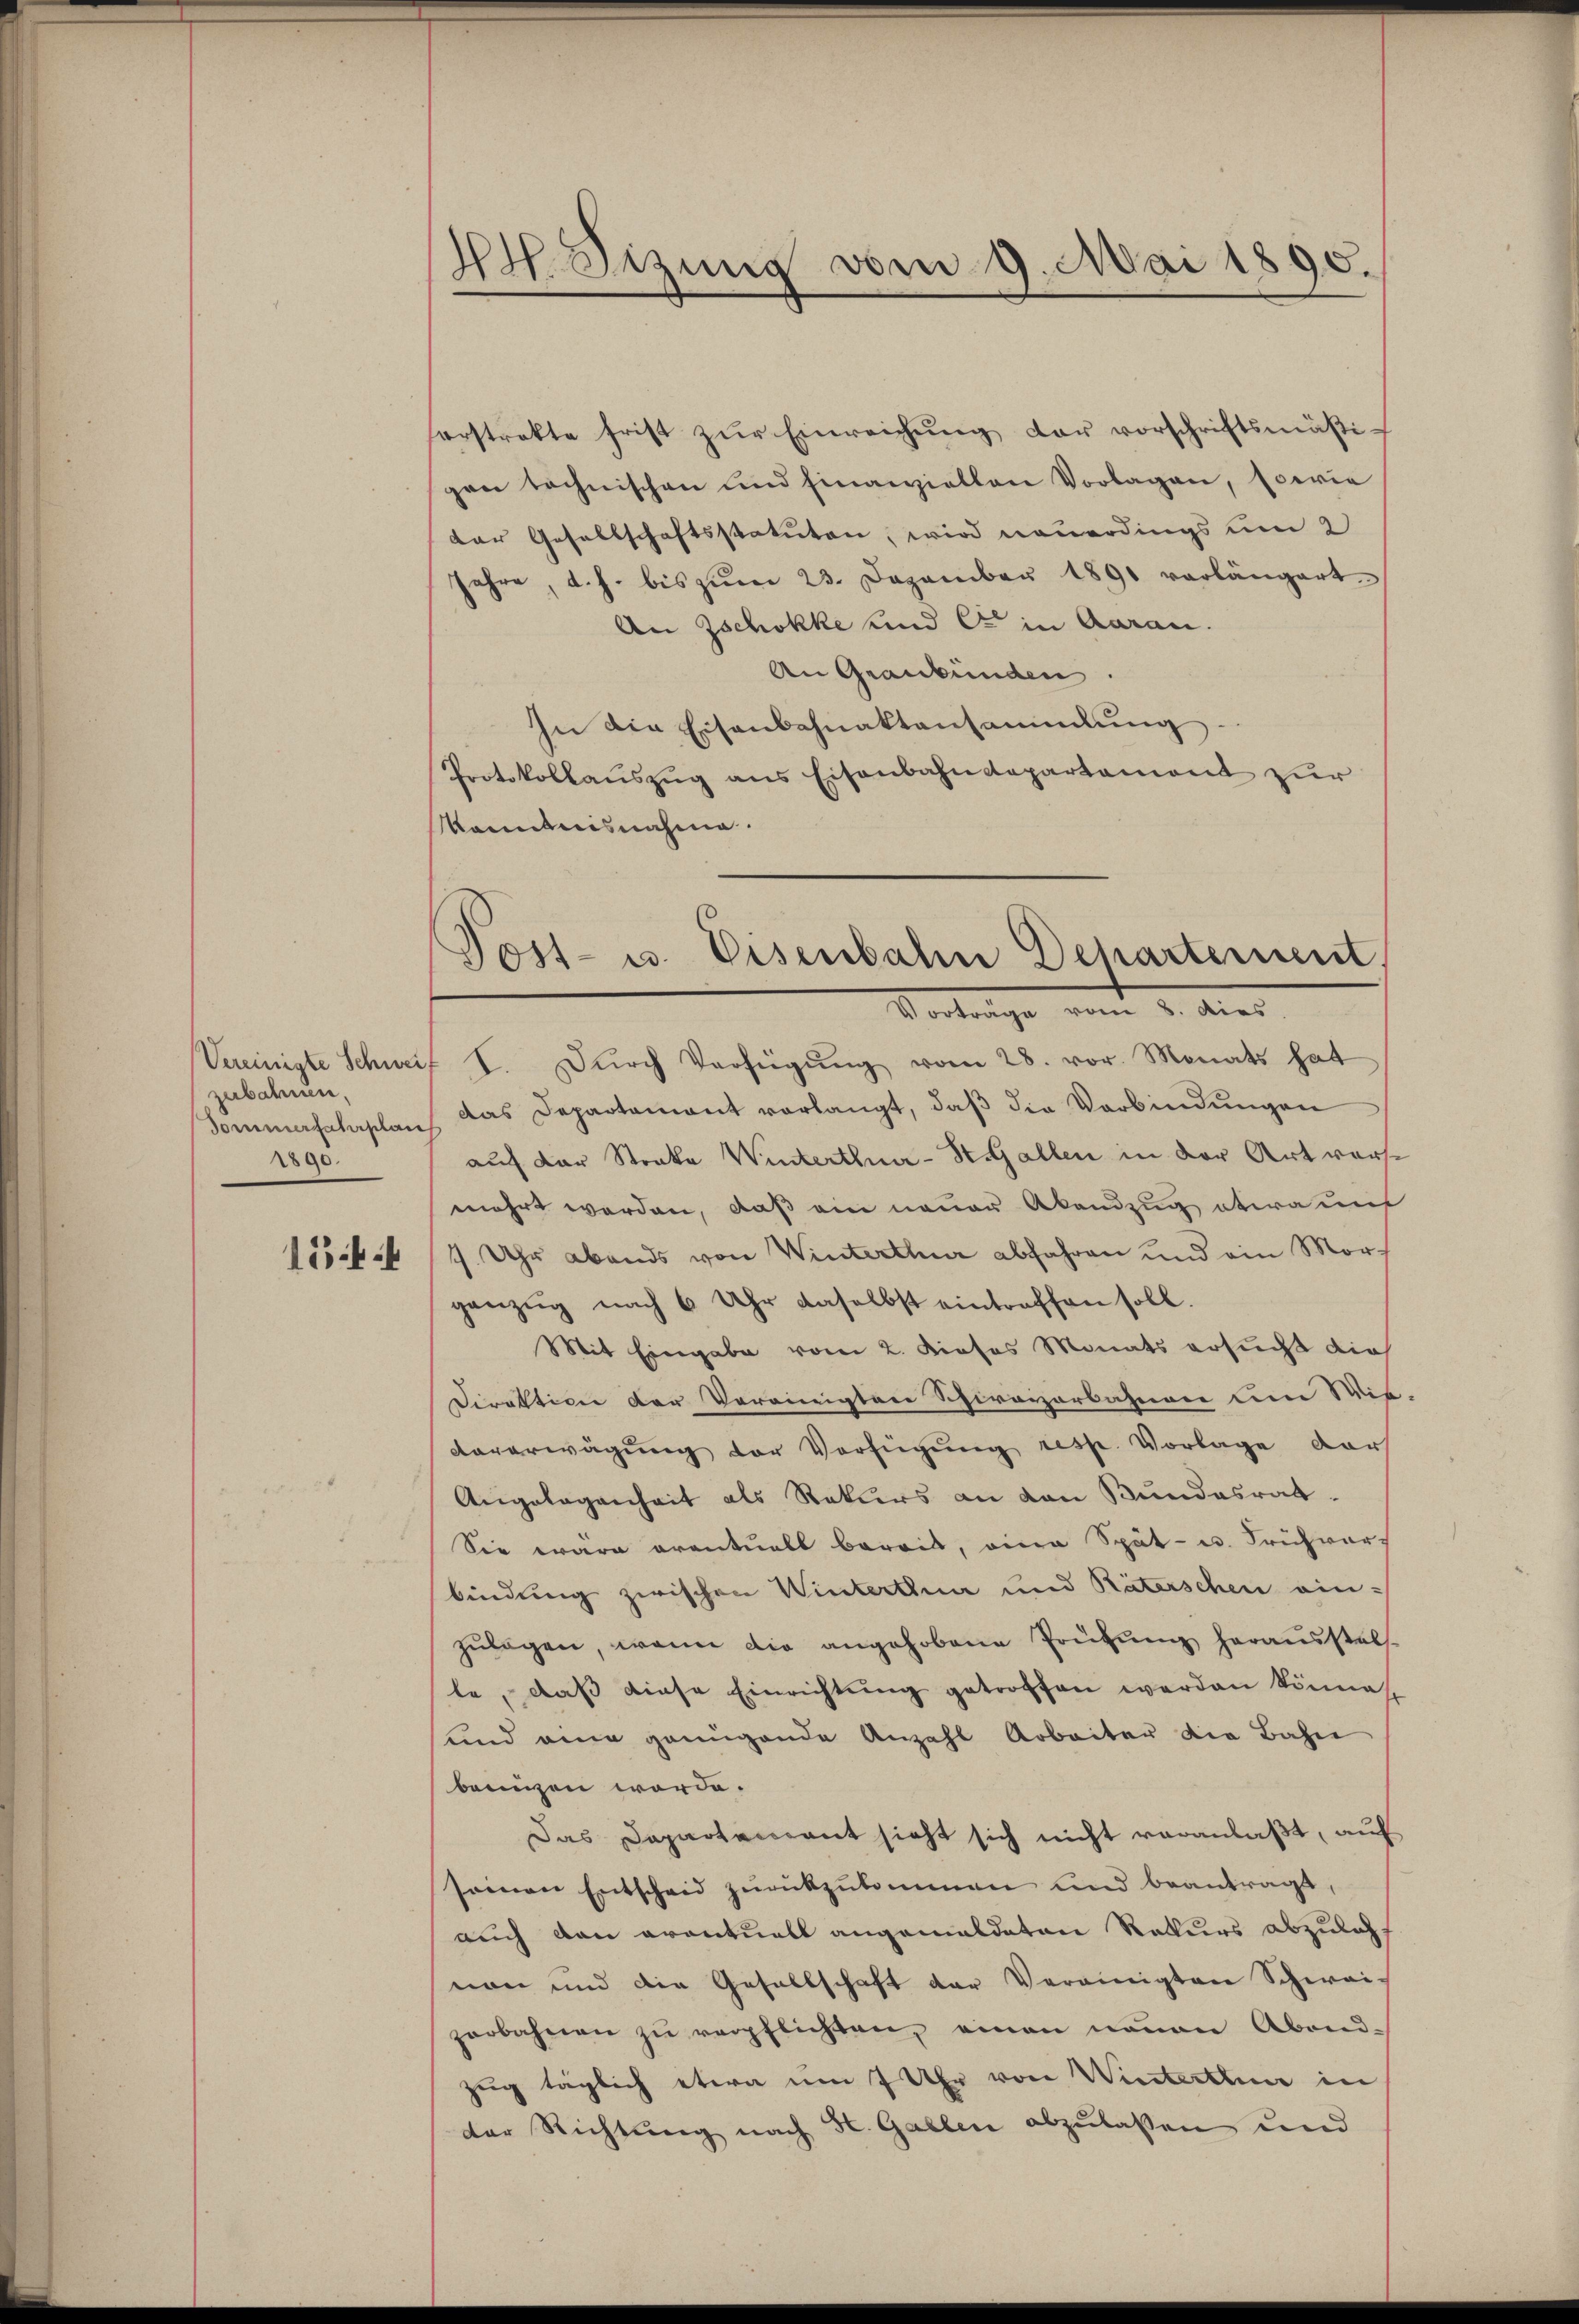
Vereinigte Schwei
zubahnen,
Sommerfahrplant
1890.

154

4t. Sitzung vom 9. Mai 1890.

Post- u. Eisenbahn Departement,

forstrakte frist zŭr Einreichŭng der vorschriftsmäßigen technischen und finanziellen Vorlagen, sowie
der Gesellschaftsstatuten, wird neuerdings um 2
Jahre, d. h. bis zŭm 23. Dezember 1891 vorlängert
An Zschokke und C in Aarau
An Graubünden.
In die Eisenbahnaktansammlung
Protokollaŭszŭg ans Eisenbahndepartement zur
känntnisnahme.
Vortrage vom 2. dies
I. Dŭrch Verfügŭng vom 28. vor. Monats hat
das Departement verlangt, daβ die Verbindungen
auf der Straka Winterthuer-St. Gallen in der Art vors
mehrt werden, daß ein neuer Abandzug etwa auf
7 Uhr abends von Winterthur abfahren und ein Morganzŭg nach 6 Uhr daselbst eintreffen soll.
Mit Eingabe vom 2. Dieses Monats ersucht dies
Direktion der Vereinigten Schirazzerbahnen eine Wit
vorerwägŭng der Verfügŭng resp. Vorlage darf
Angelegenheit als Rekurs an den Bundesrat
Sie wäre eventuell bereit, eine Spät- u. Frühwar-
bindung zwischen Winterthur und Räterschen ein-
zŭlagen, wenn die angehobene Prüfŭng herausstell
te, daß diese Einrichtung getroffen werden könne.
und eine genügende Anzahl Arbeiter die Bahn
bringen worde.
Das Departement sieht sich nicht veranlaßt, auf
seinen Entscheid zŭrückzŭkommen und beantragt,
auch den eventuell angemaldaten Rekurs abzulass
non und die Gesellschaft der Vereinigten Schwei-
zerbahnen zŭ verpflichten, einen neuen Abend-
zug täglich etwa um 7 Uhr von Winterthun in
der Richtŭng nach St. Gallen abzulassen und